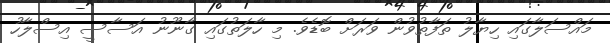
މައްސަލާގައި ހިޔާލު ތަފާތުވުން ވަރަށް ބޮޑެވެ. މި ހާލަތުގައި ގާނޫނު އަސާސީ އިސްލާހު